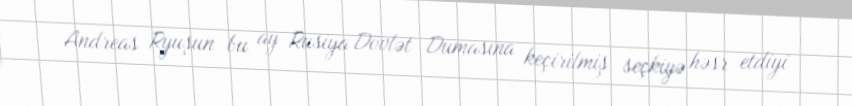
Andreas Ryuşun bu ay Rusiya Dövlət Dumasına keçirilmiş seçkiyə həsr etdiyi